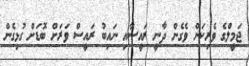
ޖަމީލްގެ ވެރިކަން ވެގެން ދާނީ ރައީސާއި ނައިބު ރައީސް ވަރަށް ބޮޑަށް ގުޅިގެން